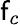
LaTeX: \mathsf{f}_{c}